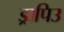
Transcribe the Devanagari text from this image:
ड्रापिउ